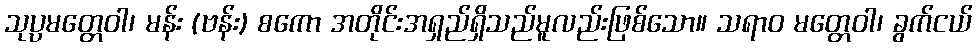
သုပ္ပမတ္တေဝါ၊ မန်း (ဗန်း) စကော အတိုင်းအရှည်ရှိသည်မူလည်းဖြစ်သော။ သရာဝ မတ္တေဝါ၊ ခွက်ငယ်